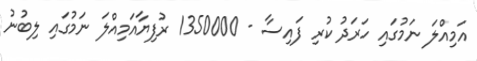
އަމިއްލަ ނަމުގައި ހަރަދު ކުރި ފައިސާ - 1350000 ރުފިޔާއަމިއްލަ ނަމުގައި ލިބުނު